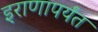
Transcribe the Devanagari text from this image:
इराणापर्यंत